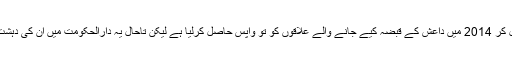
عراقی فورسز نے امریکی فورسز کے ساتھ مل کر 2014 میں داعش کے قبضہ کیے جانے والے علاقوں کو تو واپس حاصل کرلیا ہے لیکن تاحال یہ دارالحکومت میں ان کی دہشت گردانہ کارروائیوں کو روکنے میں ناکام ہے۔